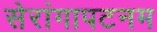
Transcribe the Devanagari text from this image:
सेरांगापटनम